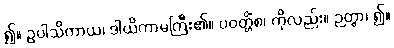
၍။ ဥပါသိကာယ၊ ဒါယိကာမကြီး၏။ ပဝတ္တိံစ၊ ကိုလည်း။ ဉတွာ၊ ၍။